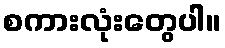
စကားလုံးတွေပါ။